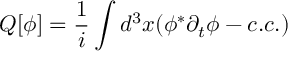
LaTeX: Q [ \phi ] = \frac { 1 } { i } \int d ^ { 3 } x ( \phi ^ { \ast } \partial _ { t } \phi - c . c . )